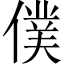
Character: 僕